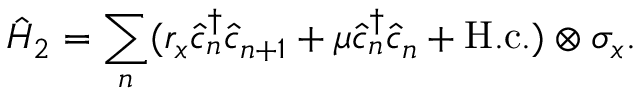
\hat { H } _ { 2 } = \sum _ { n } ( r _ { x } \hat { c } _ { n } ^ { \dagger } \hat { c } _ { n + 1 } + \mu \hat { c } _ { n } ^ { \dagger } \hat { c } _ { n } + \mathrm { H . c . } ) \otimes \sigma _ { x } .